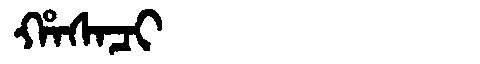
Manchu: ᡥᠠᠰᠠᠴᡳ
Romanization: HASACI